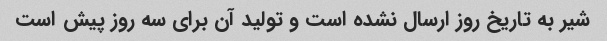
شیر به تاریخ روز ارسال نشده است و تولید آن برای سه روز پیش است